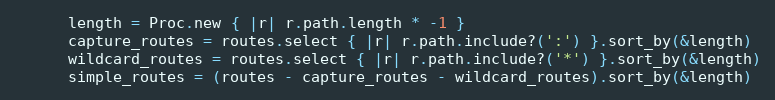
Language: Ruby
      length = Proc.new { |r| r.path.length * -1 }
      capture_routes = routes.select { |r| r.path.include?(':') }.sort_by(&length)
      wildcard_routes = routes.select { |r| r.path.include?('*') }.sort_by(&length)
      simple_routes = (routes - capture_routes - wildcard_routes).sort_by(&length)